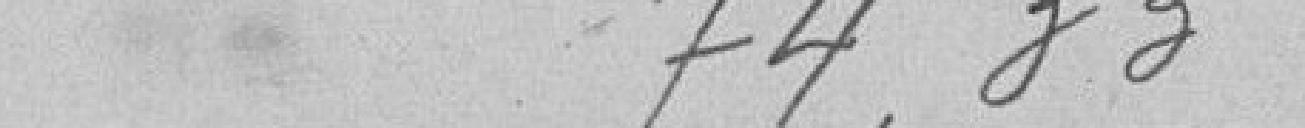
74,83  (normalement 72.83)